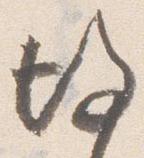
後